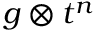
g \otimes t ^ { n }